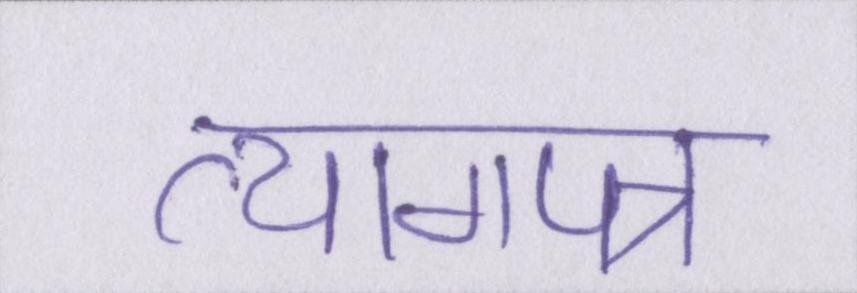
त्यागपत्र